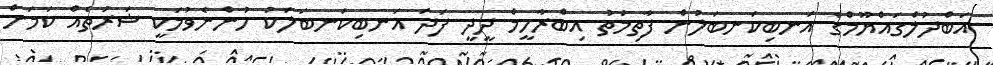
އަބްދުލްގައްޔޫމްގެ އަނބިކަނބަލުން ފާތިމަތު އިބްރާހީމް ދީދީ ފަދަ އަނބިކަނބަލަކު ހުންނެވުމަކީ ޝަރުތެއް ކަމަށް